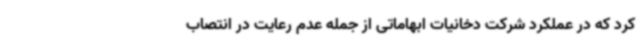
کرد که در عملکرد شرکت دخانیات ابهاماتی از جمله عدم رعایت در انتصاب